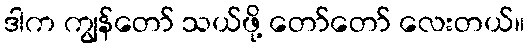
ဒါက ကျွန်တော် သယ်ဖို့ တော်တော် လေးတယ်။